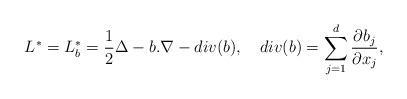
LaTeX: \begin{align*} L^* = L_b^* = \frac{1}{2}\Delta - b . \nabla - div(b),~~~div(b)=\sum_{j=1}^d \frac{\partial b_j}{\partial x_j},\end{align*}